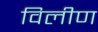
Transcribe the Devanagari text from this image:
विलीण